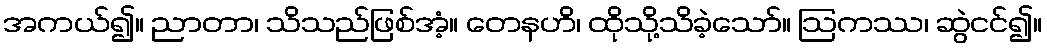
အကယ်၍။ ညာတာ၊ သိသည်ဖြစ်အံ့။ တေနဟိ၊ ထိုသို့သိခဲ့သော်။ ဩကဿ၊ ဆွဲငင်၍။